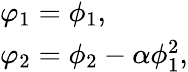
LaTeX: \begin{array}{l}{{\varphi_{1}=\phi_{1},}}\\ {{\varphi_{2}=\phi_{2}-\alpha\phi_{1}^{2},}}\end{array}